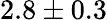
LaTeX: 2.8\pm 0.3